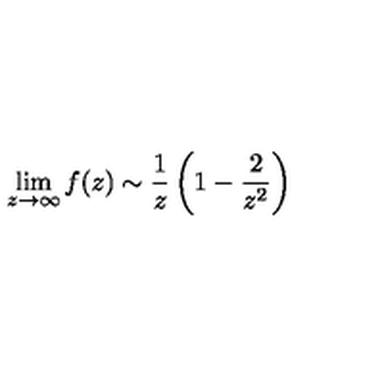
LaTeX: \lim _ { z \rightarrow \infty } f ( z ) \sim \frac { 1 } { z } \left( 1 - \frac { 2 } { z ^ { 2 } } \right)